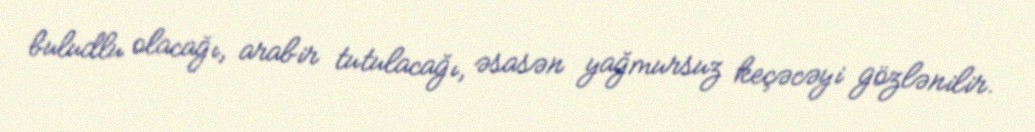
buludlu olacağı, arabir tutulacağı, əsasən yağmursuz keçəcəyi gözlənilir.